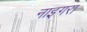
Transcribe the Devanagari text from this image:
नाइगरा